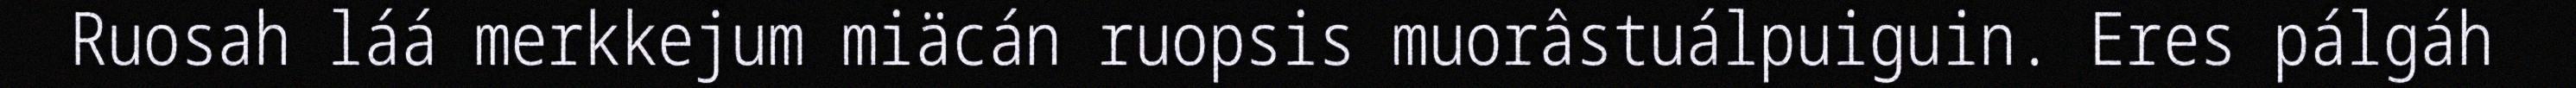
Ruosah láá merkkejum miäcán ruopsis muorâstuálpuiguin. Eres pálgáh